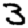
Digit: 3